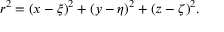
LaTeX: r ^ { 2 } = ( x - \xi ) ^ { 2 } + ( y - \eta ) ^ { 2 } + ( z - \zeta ) ^ { 2 } .